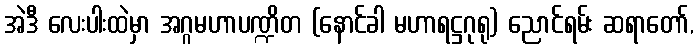
အဲဒီ လေးပါးထဲမှာ အဂ္ဂမဟာပဏ္ဍိတ (နောင်ခါ မဟာရဋ္ဌဂုရု) ညောင်ရမ်း ဆရာတော်,